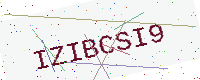
Text: IZIBCSI9